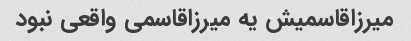
میرزاقاسمیش یه میرزاقاسمی واقعی نبود